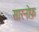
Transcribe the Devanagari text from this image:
सारनोफ़